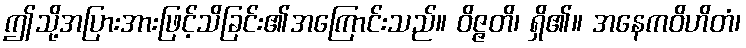
ဤသို့အပြားအားဖြင့်သိခြင်း၏အကြောင်းသည်။ ဝိဇ္ဇတိ၊ ရှိ၏။ အနေကဝိဟိတံ၊